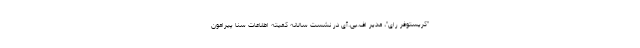
"کریستوفر رای"، مدیر اف.بی.آی در نشست سالانه کمیته اطلاعات سنا پیرامون